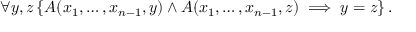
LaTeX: \forall y , z \left\{ A ( x _ { 1 } , \ldots , x _ { n - 1 } , y ) \wedge A ( x _ { 1 } , \ldots , x _ { n - 1 } , z ) \implies y = z \right\} .